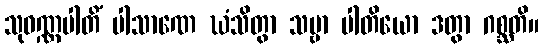
သုဝဏ္ဏပါတိံ ပါသာဏေ ဃံသိတွာ သဗ္ဗာ ပါတိယော ဒတွာ ဂစ္ဆတိ။